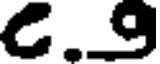
C.9